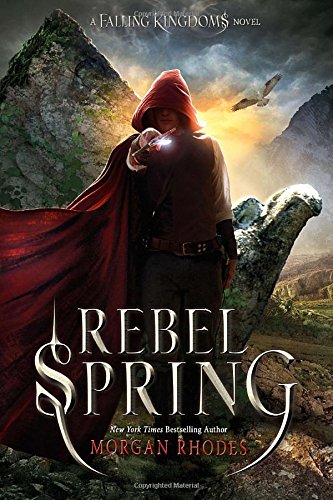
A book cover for Rebel Spring: A Falling Kingdoms Novel; Morgan Rhodes; Children's Books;